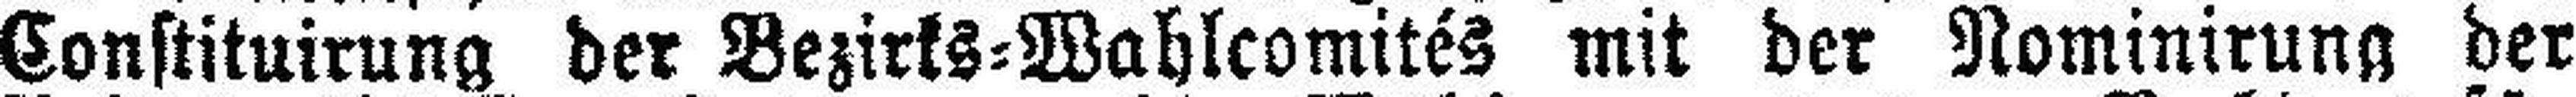
Constituirung der Bezirks=Wahlcomités mit der Nominirung der